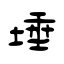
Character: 埵